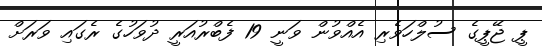
ޕީ ޖޭޕީގެ ސުލްހަވެރި އެއްވުން ވަނީ 19 ފެބްރުއަރީ ދުވަހުގެ ރެގައި ވަރަށް